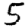
Digit: 5